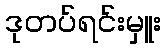
ဒုတပ်ရင်းမှူး